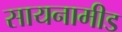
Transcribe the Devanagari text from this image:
सायनामीड